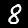
Digit: 8